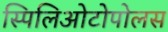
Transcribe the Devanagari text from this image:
स्पिलिओटोपोलस